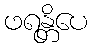
ဖရန္တိပေ